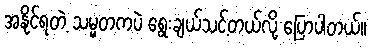
အနိုင်ရတဲ့ သမ္မတကပဲ ရွေးချယ်သင့်တယ်လို့ ပြောပါတယ်။